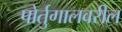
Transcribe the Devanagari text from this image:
पोर्तुगालवरील